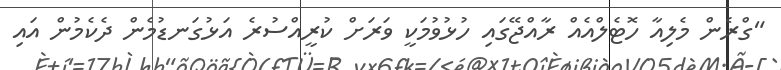
"ގްރެން މެލިއާ ހޮޓެލްއެއް ރާއްޖޭގައި ހުޅުވުމަކީ ވަރަށް ކުރީއްސުރެ އަޅުގަނޑުމެން ދެކެމުން އައި